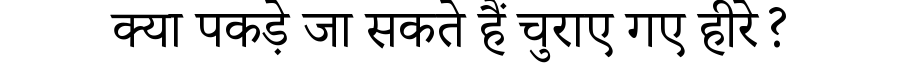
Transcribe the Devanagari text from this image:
क्या पकड़े जा सकते हैं चुराए गए हीरे?